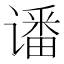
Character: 𮷊